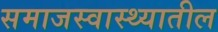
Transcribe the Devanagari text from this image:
समाजस्वास्थ्यातील